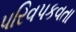
પરિવપકવતા